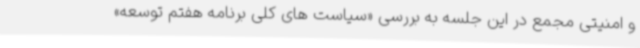
و امنیتی مجمع در این جلسه به بررسی «سیاست های کلی برنامه هفتم توسعه»